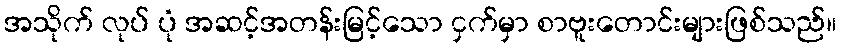
အသိုက် လုပ် ပုံ အဆင့်အတန်းမြင့်သော ငှက်မှာ စာဗူးတောင်းများဖြစ်သည်။